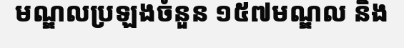
មណ្ឌលប្រឡងចំនួន ១៥៧មណ្ឌល និង